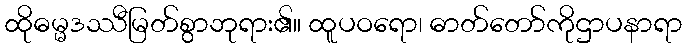
ထိုဓမ္မဒဿီမြတ်စွာဘုရား၏။ ထူပဝရော၊ ဓာတ်တော်ကိုဌာပနာရာ